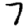
Digit: 7